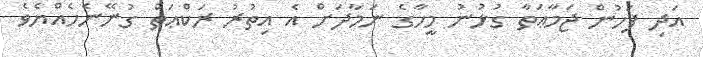
އަދި ފަހުން ޖަމާޢަތާ ގުޅުނު މީހާގެ ނަމާދަށް އެ އިތުރު ރަކްޢަތް ގުނޭނެހެއްޔެވެ